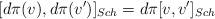
LaTeX: \begin{align*}[d\pi(v), d\pi(v^{\prime})]_{Sch}=d\pi[v, v^{\prime}]_{Sch}\end{align*}